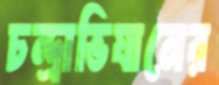
চন্দ্রাভিযানের